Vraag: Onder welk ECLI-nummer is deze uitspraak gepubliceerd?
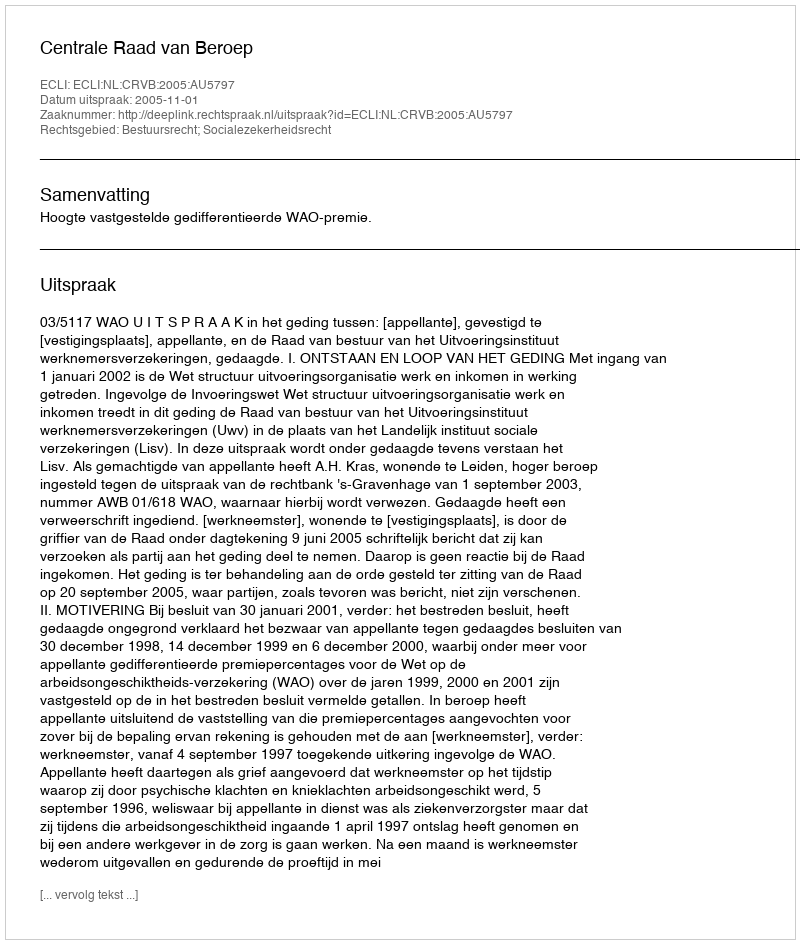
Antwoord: ECLI:NL:CRVB:2005:AU5797